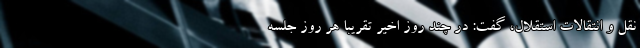
نقل و انتقالات استقلال، گفت: در چند روز اخیر تقریباً هر روز جلسه‌